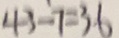
4 3 - 7 = 3 6